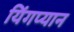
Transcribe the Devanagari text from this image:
यिंगप्यान